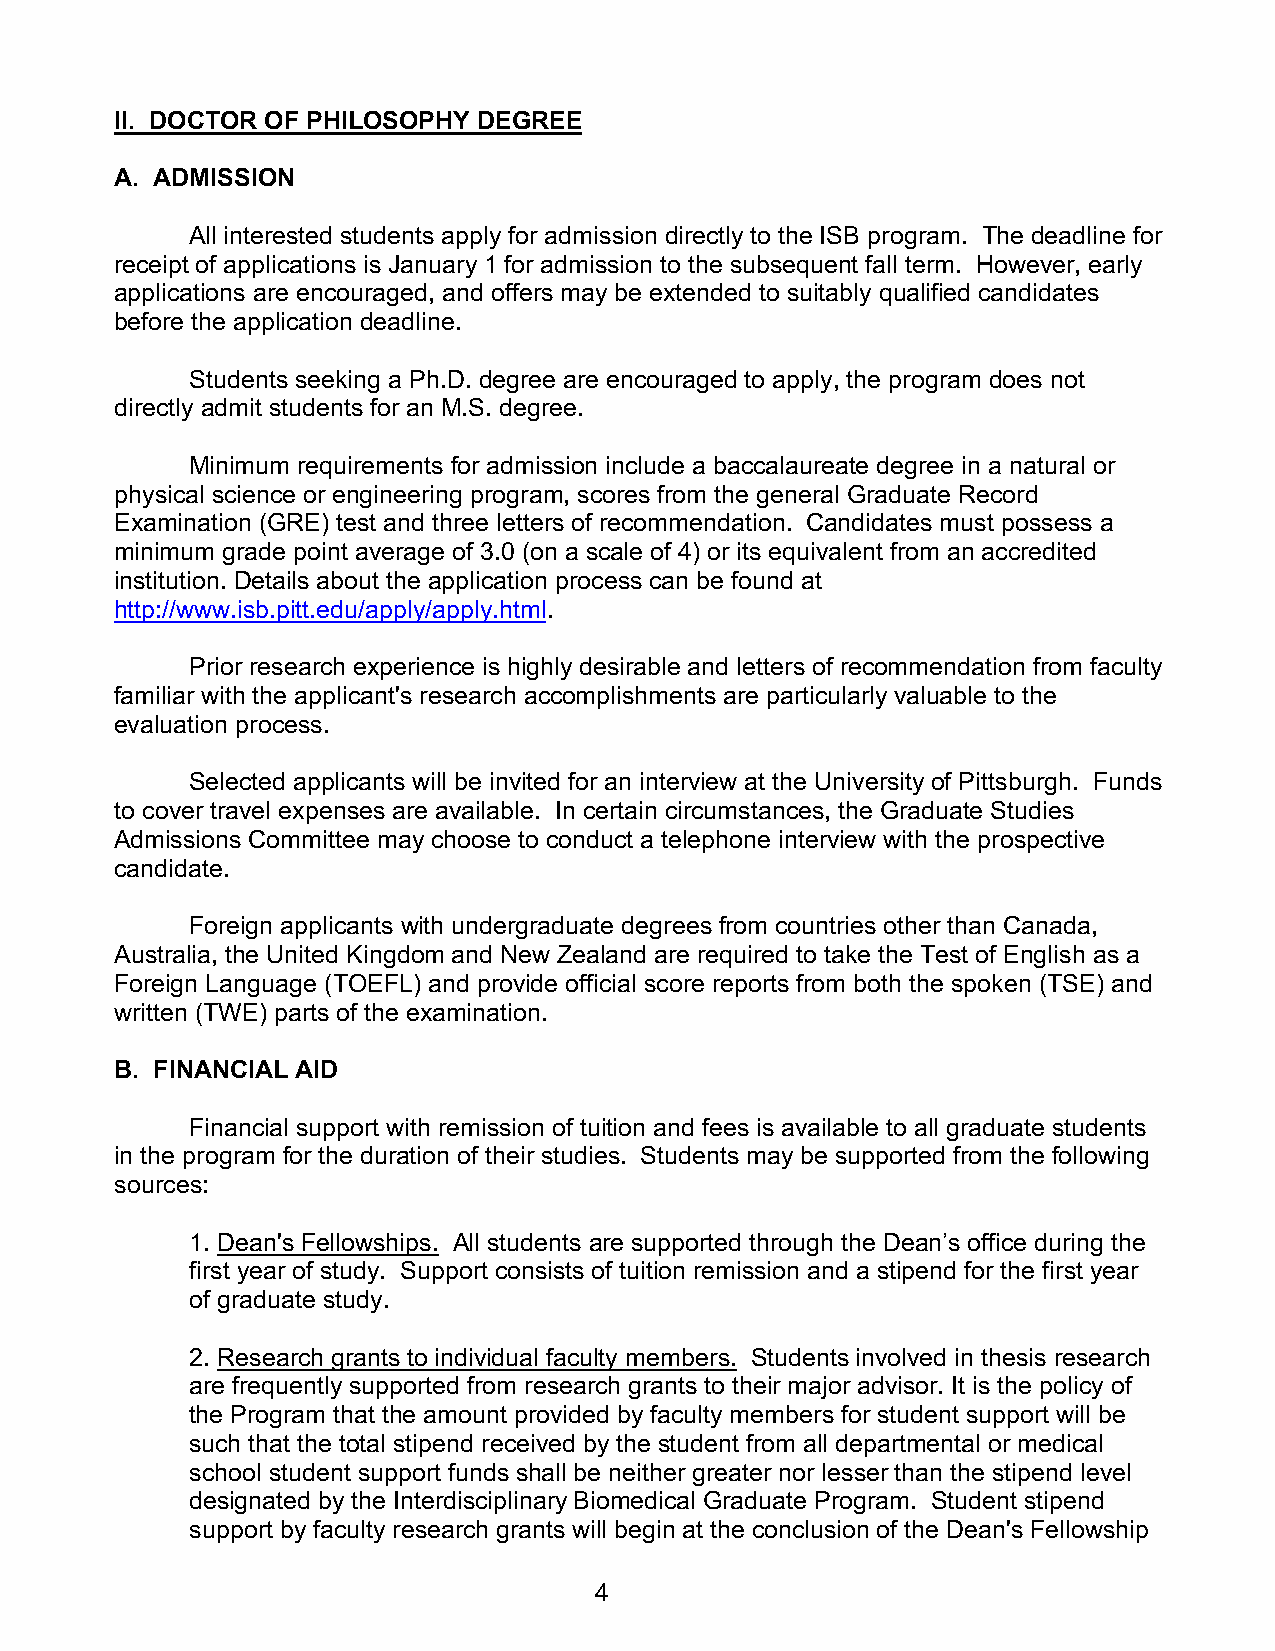
II. DOCTOR OF PHILOSOPHY DEGREE
 A. ADMISSION
 All interested students apply for admission directly to the ISB program. The deadline for
 receipt of applications is January 1 for admission to the subsequent fall term. However, early
 applications are encouraged, and offers may be extended to suitably qualified candidates
 before the application deadline.
 Students seeking a Ph.D. degree are encouraged to apply, the program does not
 directly admit students for an M.S. degree.
 Minimum requirements for admission include a baccalaureate degree in a natural or
 physical science or engineering program, scores from the general Graduate Record
 Examination (GRE) test and three letters of recommendation. Candidates must possess a
 minimum grade point average of 3.0 (on a scale of 4) or its equivalent from an accredited
 institution. Details about the application process can be found at
 http://www.isb.pitt.edu/apply/apply.html.
 Prior research experience is highly desirable and letters of recommendation from faculty
 familiar with the applicant's research accomplishments are particularly valuable to the
 evaluation process.
 Selected applicants will be invited for an interview at the University of Pittsburgh. Funds
 to cover travel expenses are available. In certain circumstances, the Graduate Studies
 Admissions Committee may choose to conduct a telephone interview with the prospective
 candidate.
 Foreign applicants with undergraduate degrees from countries other than Canada,
 Australia, the United Kingdom and New Zealand are required to take the Test of English as a
 Foreign Language (TOEFL) and provide official score reports from both the spoken (TSE) and
 written (TWE) parts of the examination.
 B. FINANCIAL AID
 Financial support with remission of tuition and fees is available to all graduate students
 in the program for the duration of their studies. Students may be supported from the following
 sources:
 1. Dean's Fellowships. All students are supported through the Dean’s office during the
 first year of study. Support consists of tuition remission and a stipend for the first year
 of graduate study.
 2. Research grants to individual faculty members. Students involved in thesis research
 are frequently supported from research grants to their major advisor. It is the policy of
 the Program that the amount provided by faculty members for student support will be
 such that the total stipend received by the student from all departmental or medical
 school student support funds shall be neither greater nor lesser than the stipend level
 designated by the Interdisciplinary Biomedical Graduate Program. Student stipend
 support by faculty research grants will begin at the conclusion of the Dean's Fellowship
 4